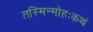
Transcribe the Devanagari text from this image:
तस्मिन्मोहःकथं